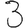
Digit: 3